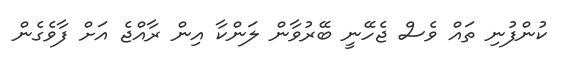
ކުންފުނި ތައް ވެސް ޖެހޭނީ ބޭރުވާން ލަންކާ އިން ރާއްޖެ އަށް ފާވެގެން